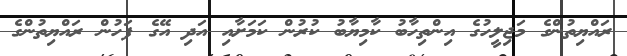
ރައްޔިތުންގެ މަޖިލީހުގެ އިންތިހާބު ކާމިޔާބު ކުރުން ކަމަށާއި އަދި އޭގެ ފަހުން ރައްޔިތުންގެ